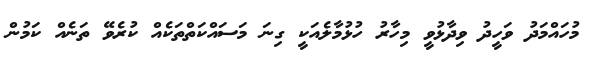
މުހައްމަދު ވަހީދު ވިދާޅުވީ މިހާރު ހުޅުމާލެއަކީ ގިނަ މަސައްކަތްތަކެއް ކުރެވޭ ތަނެއް ކަމުން